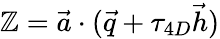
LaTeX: {\cal\mathbb{Z}}=\vec{{a}}\cdot(\vec{{q}}+\tau_{4D}\vec{{h}})